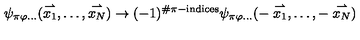
\psi _ { \pi \varphi \ldots } ( \stackrel { \rightharpoonup } { x _ { 1 } } , \ldots , \stackrel { \rightharpoonup } { x _ { N } } ) \rightarrow ( - 1 ) ^ { \# \pi - \mathrm { i n d i c e s } } \psi _ { \pi \varphi \ldots } ( - \stackrel { \rightharpoonup } { x _ { 1 } } , \ldots , - \stackrel { \rightharpoonup } { x _ { N } } )